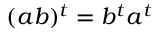
( a b ) ^ { t } = b ^ { t } a ^ { t }